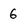
Character: 6